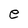
Character: e